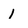
Character: 1